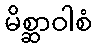
မိစ္ဆာဝါစံ